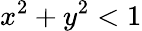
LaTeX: x^{2}+y^{2}<1